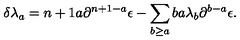
\delta \lambda _ { a } = { \binom { n + 1 } { a } } \partial ^ { n + 1 - a } \epsilon - \sum _ { b \geq a } { \binom { b } { a } } \lambda _ { b } \partial ^ { b - a } \epsilon .